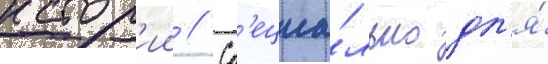
истор'ии // Сп'ециа́льно дл'я́